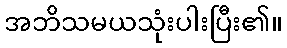
အဘိသမယသုံးပါးပြီး၏။